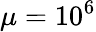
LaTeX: \mu=10^{6}